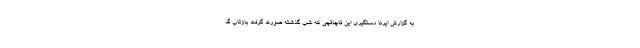
به گزارش ایرنا دستگیری این قاچاقچی که شب گذشته صورت گرفت بازتاب گ